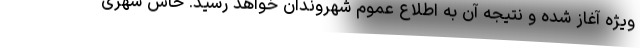
ویژه آغاز شده و نتیجه آن به اطلاع عموم شهروندان خواهد رسید. خاش شهری